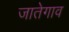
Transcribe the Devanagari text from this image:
जातेगाव